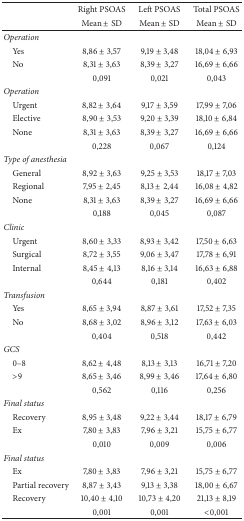
<table><thead><tr><td><b> </b></td><td><b>Right PSOAS</b></td><td><b>Left PSOAS</b></td><td><b>Total PSOAS</b></td></tr><tr><td><b> </b></td><td><b>Mean ± SD</b></td><td><b>Mean ± SD</b></td><td><b>Mean ± SD</b></td></tr></thead><tbody><tr><td><i>Operation</i></td><td> </td><td> </td><td> </td></tr><tr><td> Yes</td><td>8,86 ± 3,57</td><td>9,19 ± 3,48</td><td>18,04 ± 6,93</td></tr><tr><td> No</td><td>8,31 ± 3,63</td><td>8,39 ± 3,27</td><td>16,69 ± 6,66</td></tr><tr><td> </td><td>0,091</td><td>0,021</td><td>0,043</td></tr><tr><td><i>Operation</i></td><td> </td><td> </td><td> </td></tr><tr><td> Urgent</td><td>8,82 ± 3,64</td><td>9,17 ± 3,59</td><td>17,99 ± 7,06</td></tr><tr><td> Elective</td><td>8,90 ± 3,53</td><td>9,20 ± 3,39</td><td>18,10 ± 6,84</td></tr><tr><td> None</td><td>8,31 ± 3,63</td><td>8,39 ± 3,27</td><td>16,69 ± 6,66</td></tr><tr><td> </td><td>0,228</td><td>0,067</td><td>0,124</td></tr><tr><td><i>Type of anesthesia</i></td><td> </td><td> </td><td> </td></tr><tr><td> General</td><td>8,92 ± 3,63</td><td>9,25 ± 3,53</td><td>18,17 ± 7,03</td></tr><tr><td> Regional</td><td>7,95 ± 2,45</td><td>8,13 ± 2,44</td><td>16,08 ± 4,82</td></tr><tr><td> None</td><td>8,31 ± 3,63</td><td>8,39 ± 3,27</td><td>16,69 ± 6,66</td></tr><tr><td> </td><td>0,188</td><td>0,045</td><td>0,087</td></tr><tr><td><i>Clinic</i></td><td> </td><td> </td><td> </td></tr><tr><td> Urgent</td><td>8,60 ± 3,33</td><td>8,93 ± 3,42</td><td>17,50 ± 6,63</td></tr><tr><td> Surgical</td><td>8,72 ± 3,55</td><td>9,06 ± 3,47</td><td>17,78 ± 6,91</td></tr><tr><td> Internal</td><td>8,45 ± 4,13</td><td>8,16 ± 3,14</td><td>16,63 ± 6,88</td></tr><tr><td> </td><td>0,644</td><td>0,181</td><td>0,402</td></tr><tr><td><i>Transfusion</i></td><td> </td><td> </td><td> </td></tr><tr><td> Yes</td><td>8,65 ± 3,94</td><td>8,87 ± 3,61</td><td>17,52 ± 7,35</td></tr><tr><td> No</td><td>8,68 ± 3,02</td><td>8,96 ± 3,12</td><td>17,63 ± 6,03</td></tr><tr><td> </td><td>0,404</td><td>0,518</td><td>0,442</td></tr><tr><td><i>GCS</i></td><td> </td><td> </td><td> </td></tr><tr><td> 0–8</td><td>8,62 ± 4,48</td><td>8,13 ± 3,13</td><td>16,71 ± 7,20</td></tr><tr><td> &gt;9</td><td>8,65 ± 3,46</td><td>8,99 ± 3,46</td><td>17,64 ± 6,80</td></tr><tr><td> </td><td>0,562</td><td>0,116</td><td>0,256</td></tr><tr><td><i>Final status</i></td><td> </td><td> </td><td> </td></tr><tr><td> Recovery</td><td>8,95 ± 3,48</td><td>9,22 ± 3,44</td><td>18,17 ± 6,79</td></tr><tr><td> Ex</td><td>7,80 ± 3,83</td><td>7,96 ± 3,21</td><td>15,75 ± 6,77</td></tr><tr><td> </td><td>0,010</td><td>0,009</td><td>0,006</td></tr><tr><td><i>Final status</i></td><td> </td><td> </td><td> </td></tr><tr><td> Ex</td><td>7,80 ± 3,83</td><td>7,96 ± 3,21</td><td>15,75 ± 6,77</td></tr><tr><td> Partial recovery</td><td>8,87 ± 3,43</td><td>9,13 ± 3,38</td><td>18,00 ± 6,67</td></tr><tr><td> Recovery</td><td>10,40 ± 4,10</td><td>10,73 ± 4,20</td><td>21,13 ± 8,19</td></tr><tr><td> </td><td>0,001</td><td>0,001</td><td>&lt;0,001</td></tr></tbody></table>